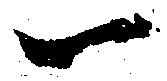
一